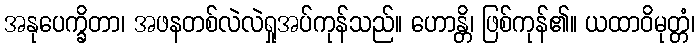
အနုပေက္ခိတာ၊ အဖနတစ်လဲလဲရှုအပ်ကုန်သည်။ ဟောန္တိ၊ ဖြစ်ကုန်၏။ ယထာဝိမုတ္တံ၊